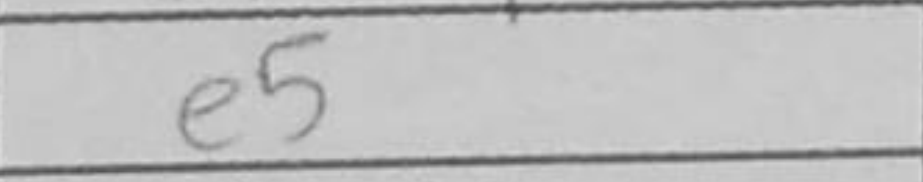
Transcription: Qe7